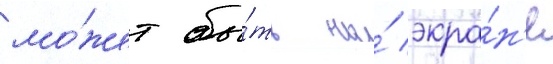
мо́жет бы́ть на́ экра́н'е